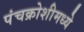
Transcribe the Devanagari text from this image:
पंचक्रोशीमध्ये